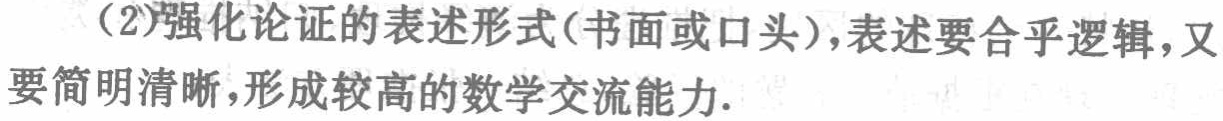
（2）强化论证的表述形式(书面或口头)，表述要合乎逻辑，又要简明清晰，形成较高的数学交流能力.